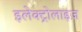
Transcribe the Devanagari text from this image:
इलेक्ट्रोलाइज़